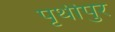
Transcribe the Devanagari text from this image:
पृथीपुर